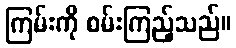
ကြမ်းကို စမ်းကြည့်သည်။